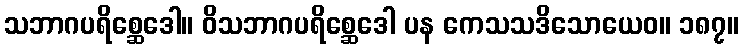
သဘာဂပရိစ္ဆေဒေါ။ ဝိသဘာဂပရိစ္ဆေဒေါ ပန ကေသသဒိသောယေဝ။ ၁၈၇။